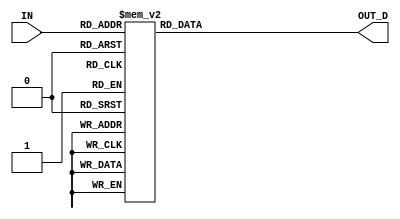
/* 4 to 16 ACTIVE HIGH DECODER */
module address_decoder(IN,OUT_D);
  input [3:0] IN;
  output reg [15:0] OUT_D;
  always @ (IN) begin
    case (IN)
      4'h0: OUT_D = 16'h1;
      4'h1: OUT_D = 16'h2;
      4'h2: OUT_D = 16'h4;
      4'h3: OUT_D = 16'h8;
      4'h4: OUT_D = 16'h10;
      4'h5: OUT_D = 16'h20;
      4'h6: OUT_D = 16'h40;
      4'h7: OUT_D = 16'h80;
      4'h8: OUT_D = 16'h100;
      4'h9: OUT_D = 16'h200;
      4'hA: OUT_D = 16'h400;
      4'hB: OUT_D = 16'h800;
      4'hC: OUT_D = 16'h1000;
      4'hD: OUT_D = 16'h2000;
      4'hE: OUT_D = 16'h4000;
      4'hF: OUT_D = 16'h8000;
      default: OUT_D = 16'h0;
    endcase
  end
endmodule // address_decoder